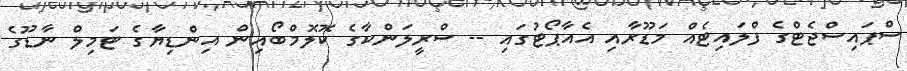
ސްޕައިސްޖެޓްގެ ފްލައިޓެއް މަޑޫރާއި އެއާޕޯޓުގައި -- ސްރީލަންކާގެ ކޮލޮމްބޯއިން އިންޑިޔާގެ ޓަމިލް ނާޑޫގެ